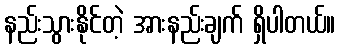
နည်းသွားနိုင်တဲ့ အားနည်းချက် ရှိပါတယ်။